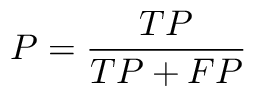
P = { \frac { T P } { T P + F P } }